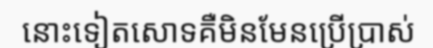
នោះទៀតសោទគឺមិនមែនប្រើប្រាស់